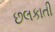
છલકાતી